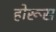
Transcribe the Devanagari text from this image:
होरूस